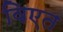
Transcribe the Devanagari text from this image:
विएत